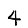
Digit: 4